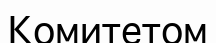
Комитетом